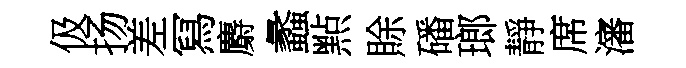
伋扬差冩麝蠡㸃賖磻瑯靜席瀋